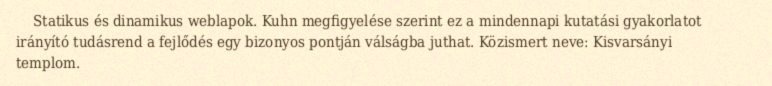
Statikus és dinamikus weblapok. Kuhn megfigyelése szerint ez a mindennapi kutatási gyakorlatot irányító tudásrend a fejlődés egy bizonyos pontján válságba juthat. Közismert neve: Kisvarsányi templom.